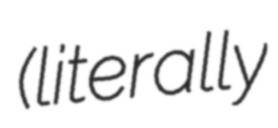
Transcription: (literally